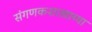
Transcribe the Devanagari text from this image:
संगणकशास्त्राच्या